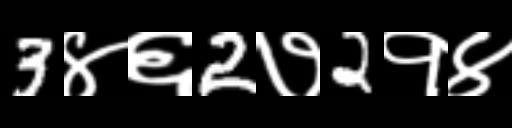
Text: 3४६2७2१४